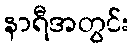
နာရီအတွင်း